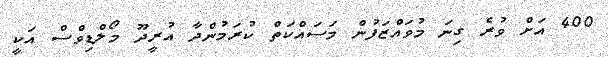
400 އަށް ވުރެ ގިނަ މުވައްޒަފުން މަސައްކަތް ކުރަމުންދާ އުރީދޫ މޯލްޑިވްސް އަކީ